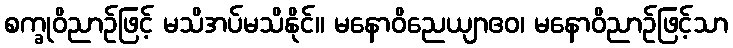
စက္ခုဝိညာဉ်ဖြင့် မသိအပ်မသိနိုင်။ မနောဝိညေယျာဧဝ၊ မနောဝိညာဉ်ဖြင့်သာ